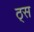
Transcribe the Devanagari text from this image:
ठ्स